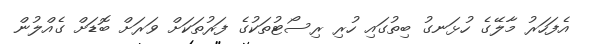
އެފަހަރު މާލޭގެ ހުޅަނގު ބިތުގައި ހުރި ރިސޯޓުތަކުގެ ފަރުތަކަށް ވަރަށް ބޮޑަށް ގެއްލުން